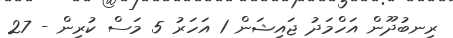
ރިނބުދޫން އަހްމަދު ޖައިޝަން 1 އަހަރު 5 މަސް ކުރިން - 27